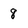
Character: 8